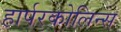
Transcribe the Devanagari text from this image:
हार्परकोलिन्स